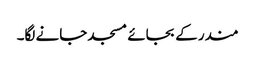
مندر کے بجائے مسجد جانے لگا۔